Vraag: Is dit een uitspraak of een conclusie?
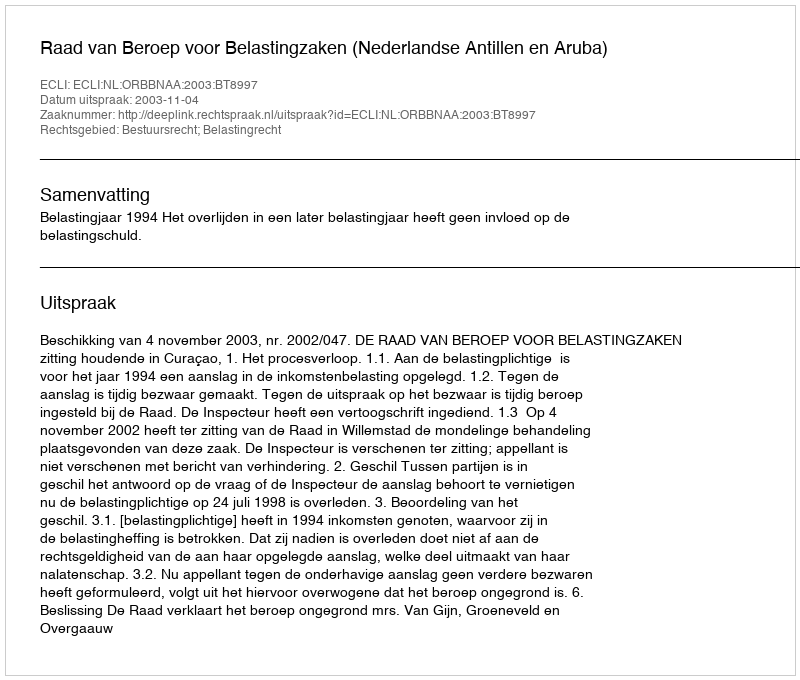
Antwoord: Uitspraak